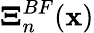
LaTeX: \boldsymbol{\Xi}_{n}^{BF}({\mathbf x})